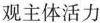
观主体活力